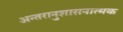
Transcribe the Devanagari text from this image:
अन्तरानुशासनात्मक